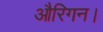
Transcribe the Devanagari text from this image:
औरिगन।